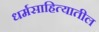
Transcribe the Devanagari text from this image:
धर्मसाहित्यातील